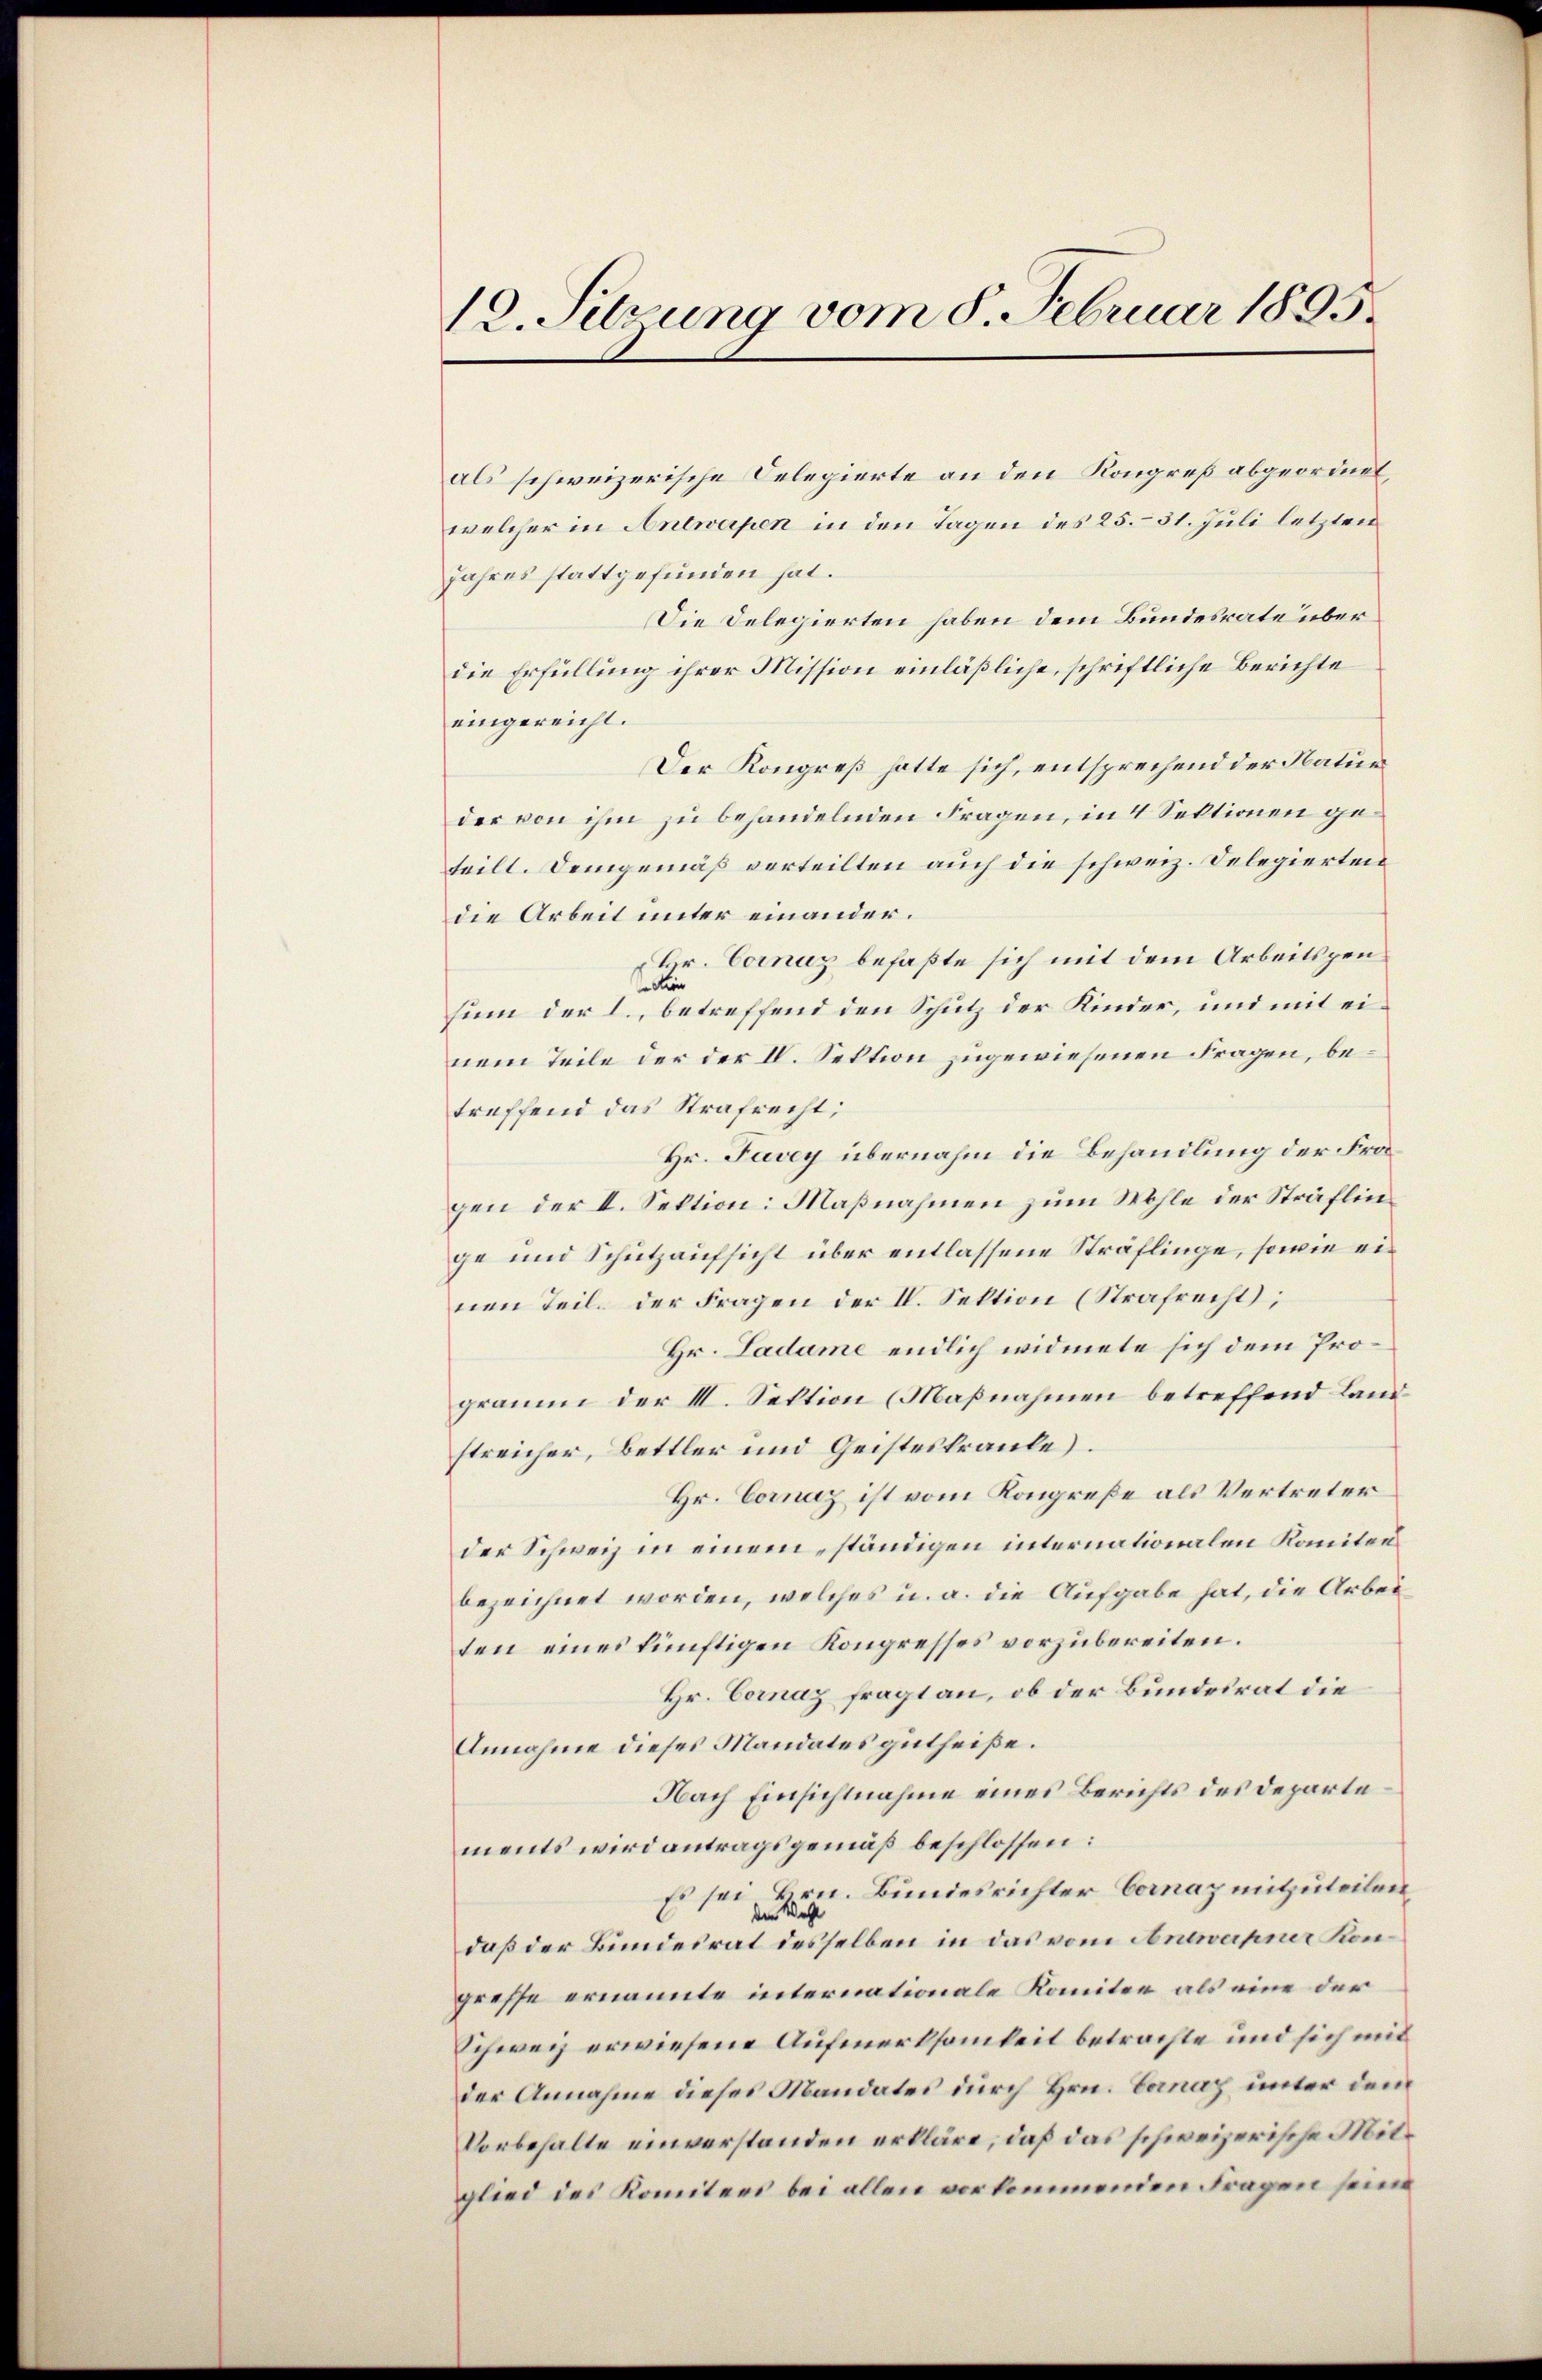
12. Sitzung vom 8. Februar 1895.

als schweizerische Delegierte an den Kongreß abgeordnet,
welcher in Antwapen in den Tagen des 25. 31. Juli letzten
Jahres stattgefunden hat.
Die Delegierten haben dem Bundesrate überdie Erfüllung ihrer Mission einläßliche, schriftliche Berichte
eingereicht.
Der Kongreß hatte sich, entsprechend der Natur
der von ihm zu behandelnden Fragen, in 4 Sektionen geteilt. Demgemäß verteilten auch die schweiz. Delegierten
die Arbeit unter einander¬
Hr. Cornuz befaßte sich mit dem Arbeitspenaction
sin der I., betreffend den Schutz der Kinder, und mit einem Teile der der IV. Sektion zugewiesenen Fragen, betreffend das Strafrecht;
Hr. Favey übernahm die Behandlung der Fragen der I. Sektion: Maßnahmen zum Wohle der Sträflinge und Schutzaufsicht über entlassene Sträflinge, sowie einen Teil der Fragen der IV. Sektion (Strafrecht;
Hr. Ladame endlich widmete sich dem Progräume der III. Sektion (Maßnahmen betreffend Land
streicher, Bettler und Geistestraule).
Hr. Cornaz ist vom Kongreße als Vertreter
der Schweiz in einem ständigen internationalen Konitor
bezeichnet worden, welches u. a. die Aufgabe hat, die Arbei
ten eines künftigen Kongresses vorzubereiten.
Hr. Cornaz fragt an, ob der Bundesrat die
Annahme dieses Mandates gutheiße.
Nach Einsichtnahme eines Berichts des Departements wird antragsgemäß beschlossen:
Es sei Hrn. Bundesrichter Cornaz mitzuteilen,
Wahl
de
daß der Bundesrat desselben in das vom Antwerpner Kongreffe ernannte internationale Komitee als eine der
Schweg erwiesene Aufmerksamkeit betrachte und sich mit
der Annahme dieses Mandates durch Hrn. Banaz unter dem
Vorbehalte einverstanden erkläre, daß das schweizerische Mitglied des Komitees bei allen vorkommenden Fragen seine